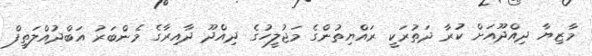
މާޒިޔާ ދިއްދޫއަށް ކުރާ ދަތުރަކީ ރައްޔިތުންގެ މަޖުލީހުގެ ދިއްދޫ ދާއިރާގެ މެންބަރު އަބްދުއްލަތީފް